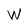
Character: e